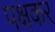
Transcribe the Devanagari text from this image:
पक्षकर